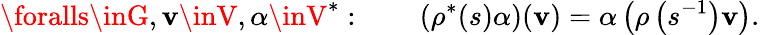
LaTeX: \foralls\inG,\mathbf{v}\inV,\alpha\inV^{*}:\qquad\left(\rho^{*}(s)\alpha\right)(\mathbf{v})=\alpha\left(\rho\left(s^{-1}\right)\mathbf{v}\right).